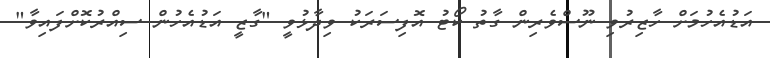
އަޑުއެހުމަށް ހާޒިރުވި ނޫސްވެރިން ގާތު ކޯޓު އޮފިސަރަކު ވިދާޅުވީ "ގާޒީ އަޑުއެހުން ސިއްރުކޮށްފައިވާ"